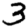
Digit: 3